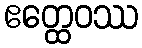
ဧတ္ထေဝဿ